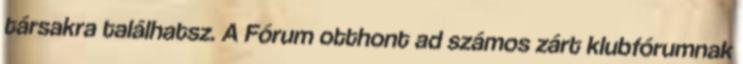
társakra találhatsz. A Fórum otthont ad számos zárt klubfórumnak